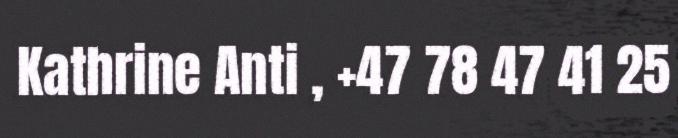
Kathrine Anti , +47 78 47 41 25